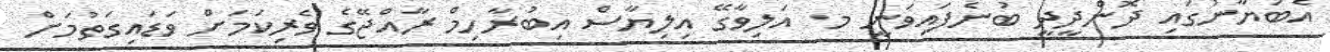
އެބަޔާނުގައި ދޮންދީދީ ބުނެފައިވަނީ މ. އަލިވާގޭ އިލިޔާސް އިބުރާހިމް ރާއްޖޭގެ ވެރިކަމަށް ވަޑައިގަތުމަށް